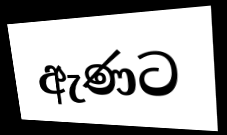
ඇණට